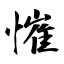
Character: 慛